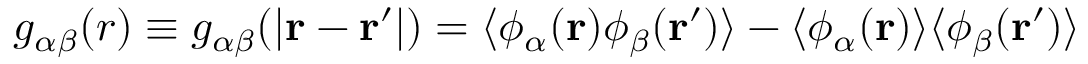
g _ { \alpha \beta } ( r ) \equiv g _ { \alpha \beta } ( | \mathbf { r } - \mathbf { r } ^ { \prime } | ) = \langle \phi _ { \alpha } ( \mathbf { r } ) \phi _ { \beta } ( \mathbf { r } ^ { \prime } ) \rangle - \langle \phi _ { \alpha } ( \mathbf { r } ) \rangle \langle \phi _ { \beta } ( \mathbf { r } ^ { \prime } ) \rangle